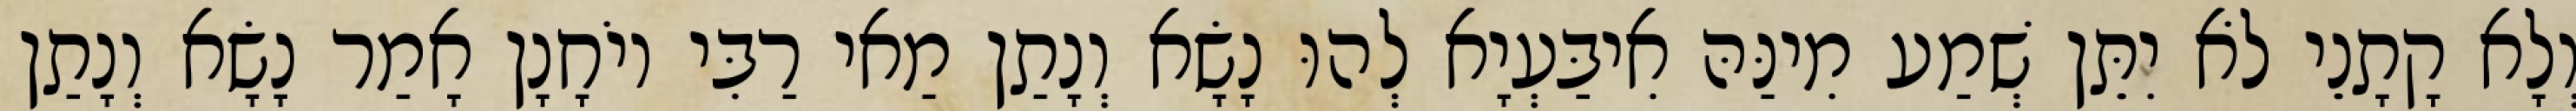
וְלָא קָתָנֵי לֹא יִתֵּן שְׁמַע מִינַּהּ אִיבַּעְיָא לְהוּ נָשָׂא וְנָתַן מַאי רַבִּי יוֹחָנָן אָמַר נָשָׂא וְנָתַן